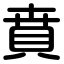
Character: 賁